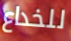
للخداع